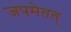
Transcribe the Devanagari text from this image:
जपमेतत्